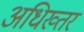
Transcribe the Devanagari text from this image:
अधिख्तर